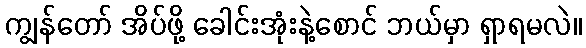
ကျွန်တော် အိပ်ဖို့ ခေါင်းအုံးနဲ့စောင် ဘယ်မှာ ရှာရမလဲ။